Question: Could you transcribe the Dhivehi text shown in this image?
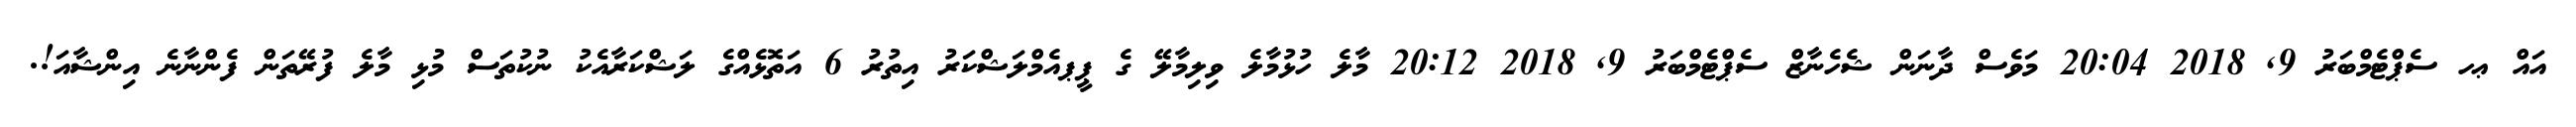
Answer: އައް ޢހ ސެޕްޓެމްބަރު 9, 2018 20:04 މަވެސް ދާނަން ޝެހެނާޒް ސެޕްޓެމްބަރު 9, 2018 20:12 މާލެ ހުޅުމާލެ ވިލިމާލޭ ގެ ޕީޕއެމްލަޝްކަރު އިތުރު 6 އަތޮޅެއްގެ ލަޝްކަރާއެކު ނުކުތަސް މުޅި މާލެ ފުރޭތަން ފެންނާނެ އިންޝާއަ!.